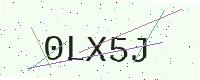
Text: 0LX5J